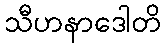
သီဟနာဒေါတိ